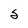
Character: 5